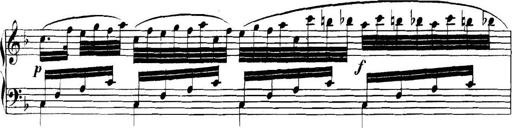
Title: Collected Piano Sonatas
Composer: Muzio Clementi